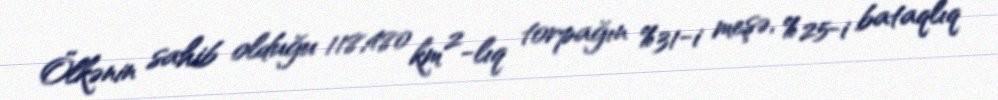
Ölkənin sahib olduğu 118,480 km²-lıq torpağın %31-i meşə, %25-i bataqlıq